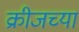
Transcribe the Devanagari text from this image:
क्रीजच्या